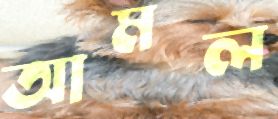
আমল